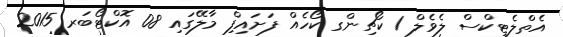
އެތްލެޓިކްސް ލެވެލް 1 ކޯޗިންގ ކޯހެއް ފަށައިފިް މާލޭގައި 08 އޮކްޓޯބަރ 2015